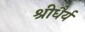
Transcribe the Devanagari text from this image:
श्रीधैर्य